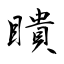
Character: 瞶